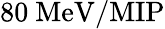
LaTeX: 80\ \mathrm{MeV/MIP}